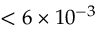
< 6 \times 1 0 ^ { - 3 }